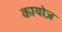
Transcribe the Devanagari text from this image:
कायोज़